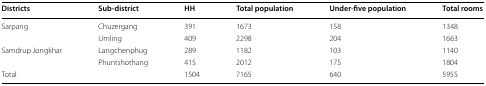
<table><thead><tr><td><b>Districts</b></td><td><b>Sub-district</b></td><td><b>HH</b></td><td><b>Total population</b></td><td><b>Under-five population</b></td><td><b>Total rooms</b></td></tr></thead><tbody><tr><td rowspan="2">Sarpang</td><td>Chuzergang</td><td>391</td><td>1673</td><td>158</td><td>1348</td></tr><tr><td>Umling</td><td>409</td><td>2298</td><td>204</td><td>1663</td></tr><tr><td rowspan="2">Samdrup Jongkhar</td><td>Langchenphug</td><td>289</td><td>1182</td><td>103</td><td>1140</td></tr><tr><td>Phuntshothang</td><td>415</td><td>2012</td><td>175</td><td>1804</td></tr><tr><td colspan="2">Total</td><td>1504</td><td>7165</td><td>640</td><td>5955</td></tr></tbody></table>